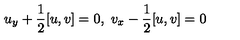
u _ { y } + \frac { 1 } { 2 } [ u , v ] = 0 , \ v _ { x } - \frac { 1 } { 2 } [ u , v ] = 0